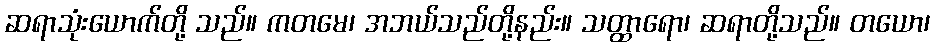
ဆရာသုံးယောက်တို့ သည်။ ကတမေ၊ အဘယ်သည်တို့နည်း။ သတ္ထာရော၊ ဆရာတို့သည်။ တယော၊